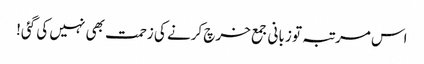
اس مرتبہ تو زبانی جمع خرچ کرنے کی زحمت بھی نہیں کی گئی!